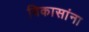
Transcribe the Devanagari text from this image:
विकासांना